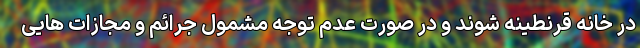
در خانه قرنطینه شوند و در صورت عدم توجه مشمول جرائم و مجازات هایی